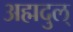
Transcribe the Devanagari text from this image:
अह्मदुल्